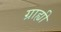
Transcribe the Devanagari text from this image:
ग्राह्यी